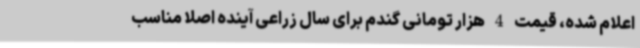
اعلام شده، قیمت 4 هزار تومانی گندم برای سال زراعی آینده اصلا مناسب